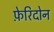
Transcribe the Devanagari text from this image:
फ़ेरिदोन